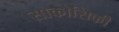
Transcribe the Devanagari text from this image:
साकोसिकी